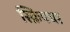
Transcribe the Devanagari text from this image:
स्क्रिपचर